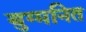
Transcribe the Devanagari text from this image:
युग्‍मनित